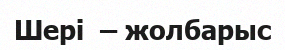
Шері  – жолбарыс